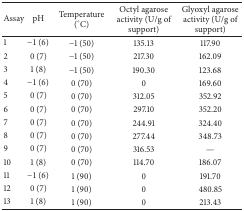
<table><thead><tr><td><b>Assay</b></td><td><b>pH</b></td><td><b>Temperature (°C)</b></td><td><b>Octyl agarose activity (U/g of support)</b></td><td><b>Glyoxyl agarose activity (U/g of support)</b></td></tr></thead><tbody><tr><td>1</td><td>−1 (6)</td><td>−1 (50)</td><td>135.13</td><td>117.90</td></tr><tr><td>2</td><td>0 (7)</td><td>−1 (50)</td><td>217.30</td><td>162.09</td></tr><tr><td>3</td><td>1 (8)</td><td>−1 (50)</td><td>190.30</td><td>123.68</td></tr><tr><td>4</td><td>−1 (6)</td><td>0 (70)</td><td>0</td><td>169.60</td></tr><tr><td>5</td><td>0 (7)</td><td>0 (70)</td><td>312.05</td><td>352.92</td></tr><tr><td>6</td><td>0 (7)</td><td>0 (70)</td><td>297.10</td><td>352.20</td></tr><tr><td>7</td><td>0 (7)</td><td>0 (70)</td><td>244.91</td><td>324.40</td></tr><tr><td>8</td><td>0 (7)</td><td>0 (70)</td><td>277.44</td><td>348.73</td></tr><tr><td>9</td><td>0 (7)</td><td>0 (70)</td><td>316.53</td><td>—</td></tr><tr><td>10</td><td>1 (8)</td><td>0 (70)</td><td>114.70</td><td>186.07</td></tr><tr><td>11</td><td>−1 (6)</td><td>1 (90)</td><td>0</td><td>191.70</td></tr><tr><td>12</td><td>0 (7)</td><td>1 (90)</td><td>0</td><td>480.85</td></tr><tr><td>13</td><td>1 (8)</td><td>1 (90)</td><td>0</td><td>213.43</td></tr></tbody></table>